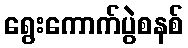
ရွေးကောက်ပွဲစနစ်